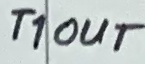
Text: T1OUT